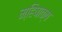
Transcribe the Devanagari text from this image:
महि़षाक्ष